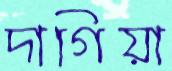
দাগিয়া